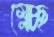
ম্লেচ্ছ